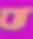
ভ